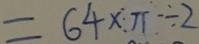
= 6 4 \times \pi \div 2